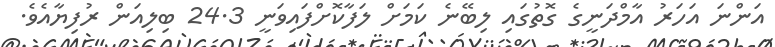
އަންނަ އަހަރު އާމްދަނީގެ ގޮތުގައި ލިބޭނެ ކަމަށް ލަފާކޮށްފައިވަނީ 24.3 ބިލިއަން ރުފިޔާއެވެ.